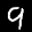
Label: 9